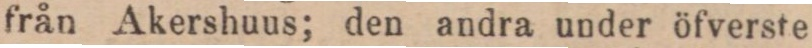
från Akershuus; den andra under öfverste